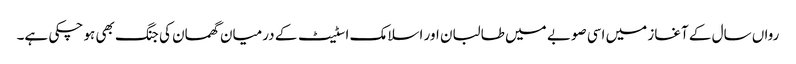
رواں سال کے آغاز میں اسی صوبے میں طالبان اور اسلامک اسٹیٹ کے درمیان گھمسان کی جنگ بھی ہو چکی ہے۔